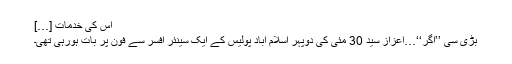
اس کی خدمات […]
بڑی سی ’’اگر‘‘…اعزاز سید 30 مئی کی دوپہر اسلام آباد پولیس کے ایک سینئر افسر سے فون پر بات ہورہی تھی۔